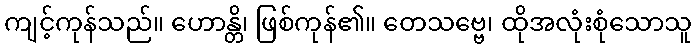
ကျင့်ကုန်သည်။ ဟောန္တိ၊ ဖြစ်ကုန်၏။ တေသဗ္ဗေ၊ ထိုအလုံးစုံသောသူ